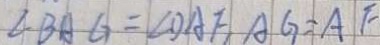
\angle B A G = \angle D A F , A G = A F